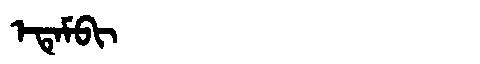
Manchu: ᡝᡨᡝᠮᠪᡳ
Romanization: ETEMBI